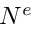
N ^ { e }